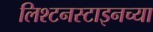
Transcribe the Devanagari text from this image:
लिश्टनस्टाइनच्या